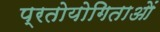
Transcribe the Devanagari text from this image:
प्रतोयोगिताओं